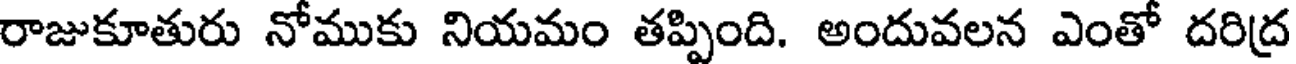
రాజుకూతురు నోముకు నియమం తప్పింది. అందువలన ఎంతో దరిద్ర